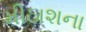
મીઠાશના